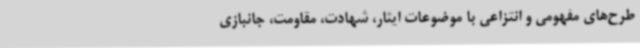
طرح‌های مفهومی و انتزاعی با موضوعات ایثار، شهادت، مقاومت، جانبازی